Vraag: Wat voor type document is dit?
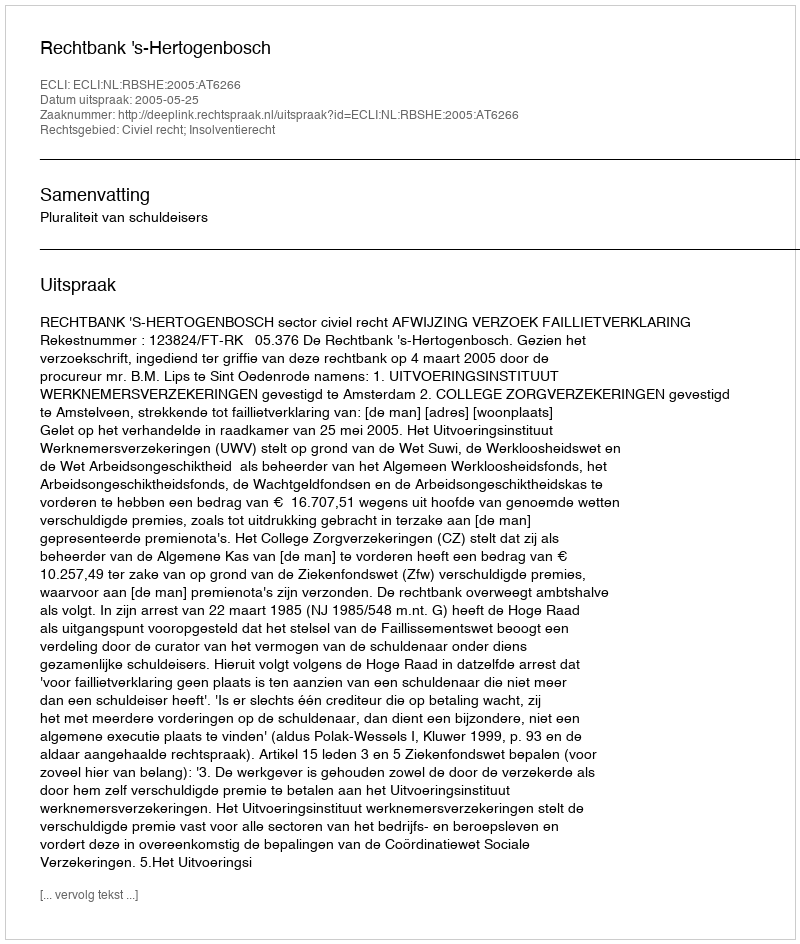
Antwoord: Uitspraak